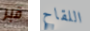
قبر اللقاح